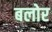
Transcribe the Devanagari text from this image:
बलोर